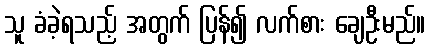
သူ ခံခဲ့ရသည့် အတွက် ပြန်၍ လက်စား ချေဦးမည်။